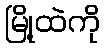
မြို့ထဲကို